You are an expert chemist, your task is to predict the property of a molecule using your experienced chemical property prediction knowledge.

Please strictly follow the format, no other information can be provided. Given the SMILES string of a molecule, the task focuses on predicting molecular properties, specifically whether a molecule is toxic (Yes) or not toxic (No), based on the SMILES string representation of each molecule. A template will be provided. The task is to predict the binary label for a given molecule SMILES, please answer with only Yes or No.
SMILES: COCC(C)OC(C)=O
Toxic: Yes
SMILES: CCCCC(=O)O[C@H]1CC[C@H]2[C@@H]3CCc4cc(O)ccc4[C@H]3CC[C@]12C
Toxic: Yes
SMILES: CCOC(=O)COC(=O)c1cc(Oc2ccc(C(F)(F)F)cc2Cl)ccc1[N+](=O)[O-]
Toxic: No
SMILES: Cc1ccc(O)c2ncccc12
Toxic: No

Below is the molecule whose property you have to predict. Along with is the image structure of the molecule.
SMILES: O=CN1CCOCC1
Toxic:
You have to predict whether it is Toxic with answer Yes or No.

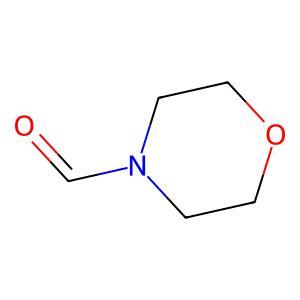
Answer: No